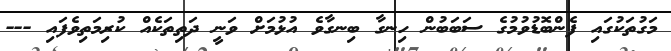
މަގުތަކުގައި ފެންބޮޑުވުމުގެ ސަބަބުން ހިނގާ ބިނގާވެ އުޅުމަށް ވަނީ ދަތިތަކެއް ކުރިމަތިވެފައި ---